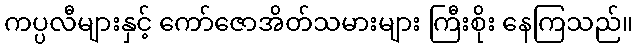
ကပ္ပလီများနှင့် ကော်ဇောအိတ်သမားများ ကြီးစိုး နေကြသည်။